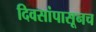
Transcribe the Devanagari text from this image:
दिवसांपासूनच